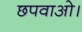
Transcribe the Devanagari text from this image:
छपवाओ।